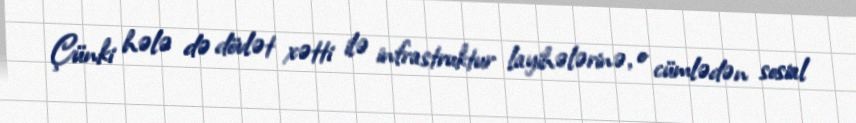
Çünki hələ də dövlət xətti ilə infrastruktur layihələrinə, o cümlədən sosial